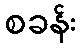
စခန်း